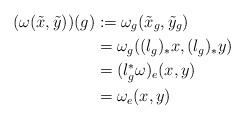
LaTeX: \begin{align*}(\omega(\tilde{x},\tilde{y}))(g)&:=\omega_g(\tilde{x}_g,\tilde{y}_g)\\&=\omega_g((l_g)_\ast x,(l_g)_\ast y)\\&=(l_g^\ast \omega)_e(x,y)\\&=\omega_e(x,y)\end{align*}